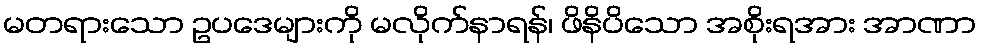
မတရားသော ဥပဒေများကို မလိုက်နာရန်၊ ဖိနိပိသော အစိုးရအား အာဏာ